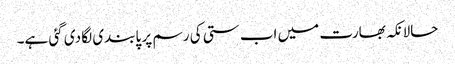
حالانکہ بھارت میں اب ستی کی رسم پر پابندی لگا دی گئی ہے۔